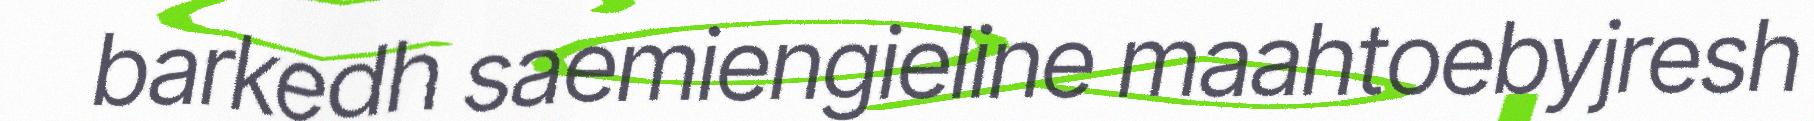
barkedh saemiengieline maahtoebyjresh